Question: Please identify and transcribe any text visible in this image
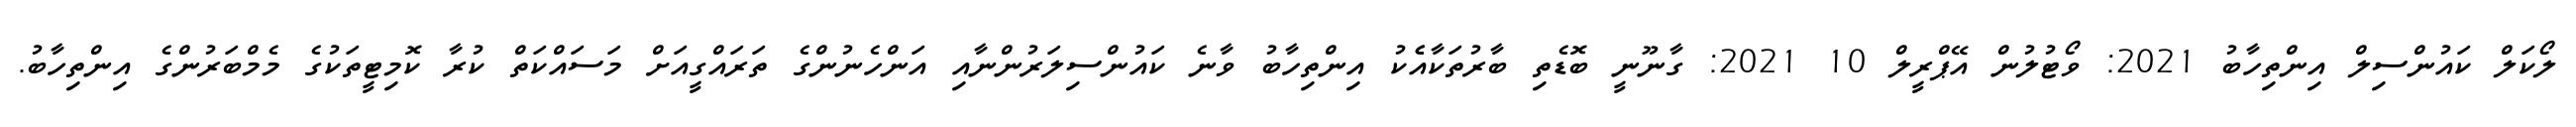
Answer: ލޯކަލް ކައުންސިލް އިންތިހާބު 2021: ވޯޓުލުން އޭޕްރީލް 10 2021: ގާނޫނީ ބޮޑެތި ބާރުތަކާއެެކު އިންތިހާބު ވާނެ ކައުންސިލަރުންނާއި އަންހެނުންގެ ތަރައްގީއަށް މަސައްކަތް ކުރާ ކޮމިޓީތަކުގެ މެމްބަރުންގެ އިންތިހާބު.